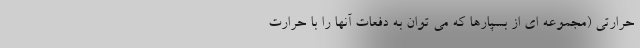
حرارتی (مجموعه ای از بسپارها که می توان به دفعات آنها را با حرارت